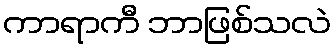
ကာရာကီ ဘာဖြစ်သလဲ